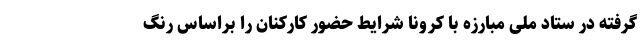
گرفته در ستاد ملی مبارزه با کرونا شرایط حضور کارکنان را براساس رنگ